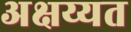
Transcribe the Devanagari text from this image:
अक्षय्यत